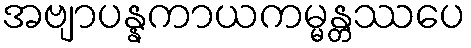
အဗျာပန္နကာယကမ္မန္တဿပေ